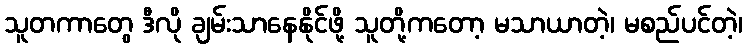
သူတကာတွေ ဒီလို ချမ်းသာနေနိုင်ဖို့ သူတို့ကတော့ မသာယာတဲ့၊ မစည်ပင်တဲ့၊